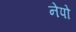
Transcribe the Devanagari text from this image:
नेपो